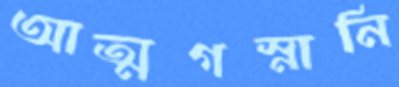
আত্মগস্নানি